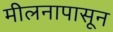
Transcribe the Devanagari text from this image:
मीलनापासून